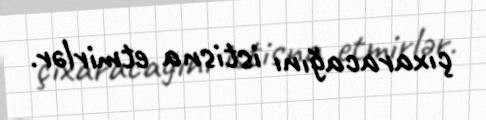
çıxaracağını istisna etmirlər.